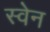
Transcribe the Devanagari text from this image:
स्‍वेन